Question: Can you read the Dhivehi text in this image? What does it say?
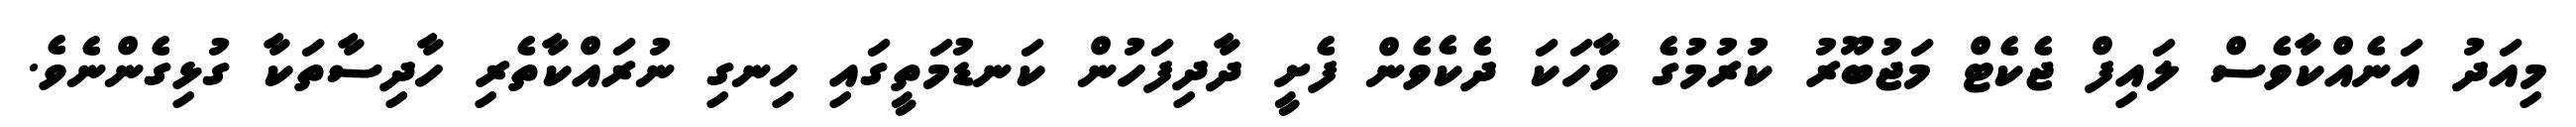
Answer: މިއަދު އަނެއްކާވެސް ލައިފް ޖެކެޓް މަޖުބޫރު ކުރުމުގެ ވާހަކަ ދެކެވެން ފެށީ ދާދިފަހުން ކަނޑުމަތީގައި ހިނގި ނުރައްކާތެރި ހާދިސާތަކާ ގުޅިގެންނެވެ.